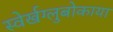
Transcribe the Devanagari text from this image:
स्वेर्खग्लुबोकाया